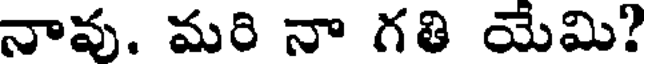
నావు. మరి నా గతి యేమి?